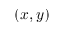
( x , y )